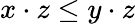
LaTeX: x\cdot z\leq y\cdot z